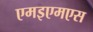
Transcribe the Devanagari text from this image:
एमइएमएस